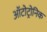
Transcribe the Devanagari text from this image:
ऑटोट्रोनिक